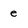
Character: e